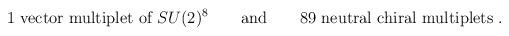
LaTeX: \begin{align*}\mbox{1 vector multiplet of }SU(2)^8 \qquad \mbox{and} \qquad\mbox{89 neutral chiral multiplets .}\end{align*}